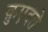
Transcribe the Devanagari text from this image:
क़ुएदते